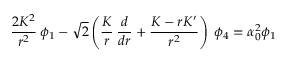
{ \frac { 2 K ^ { 2 } } { r ^ { 2 } } } \: \phi _ { 1 } - \sqrt 2 \left( { \frac { K } { r } } \: { \frac { d } { d r } } + { \frac { K - r K ^ { \prime } } { r ^ { 2 } } } \right) \: \phi _ { 4 } = \alpha _ { 0 } ^ { 2 } \phi _ { 1 }